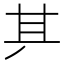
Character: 𠀫